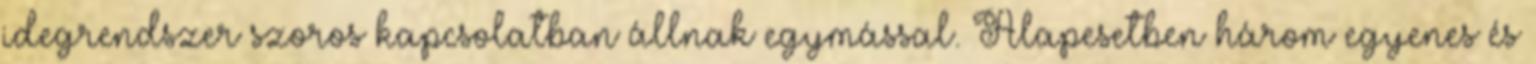
idegrendszer szoros kapcsolatban állnak egymással. Alapesetben három egyenes és